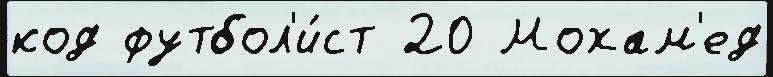
код футбол'и́ст 20 Мохам'ед